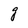
Character: g